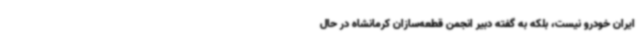
ایران خودرو نیست، بلکه به گفته دبیر انجمن قطعه‌سازان کرمانشاه در حال